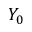
Y _ { 0 }